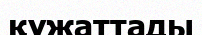
құжаттады